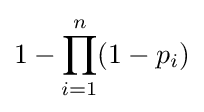
1-\prod _{i=1}^{n}(1-p_{i})